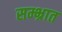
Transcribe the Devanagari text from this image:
सम्भ्रात